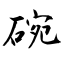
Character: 碗